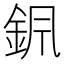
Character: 𨥩